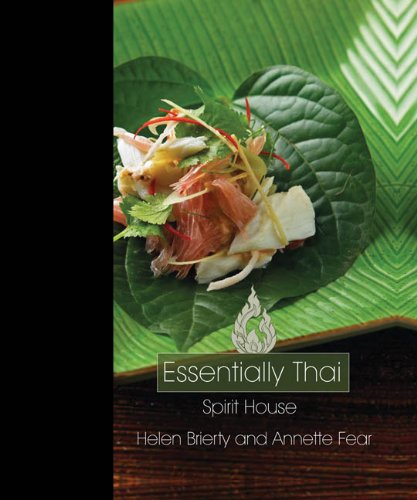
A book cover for Essentially Thai: Spirit House; Helen Brierty; Cookbooks, Food & Wine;